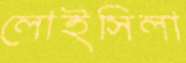
লোইসিলা